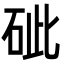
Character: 䂣